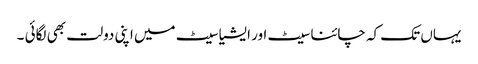
یہاں تک کہ چائنا سیٹ اور ایشیا سیٹ میں اپنی دولت بھی لگائی ۔